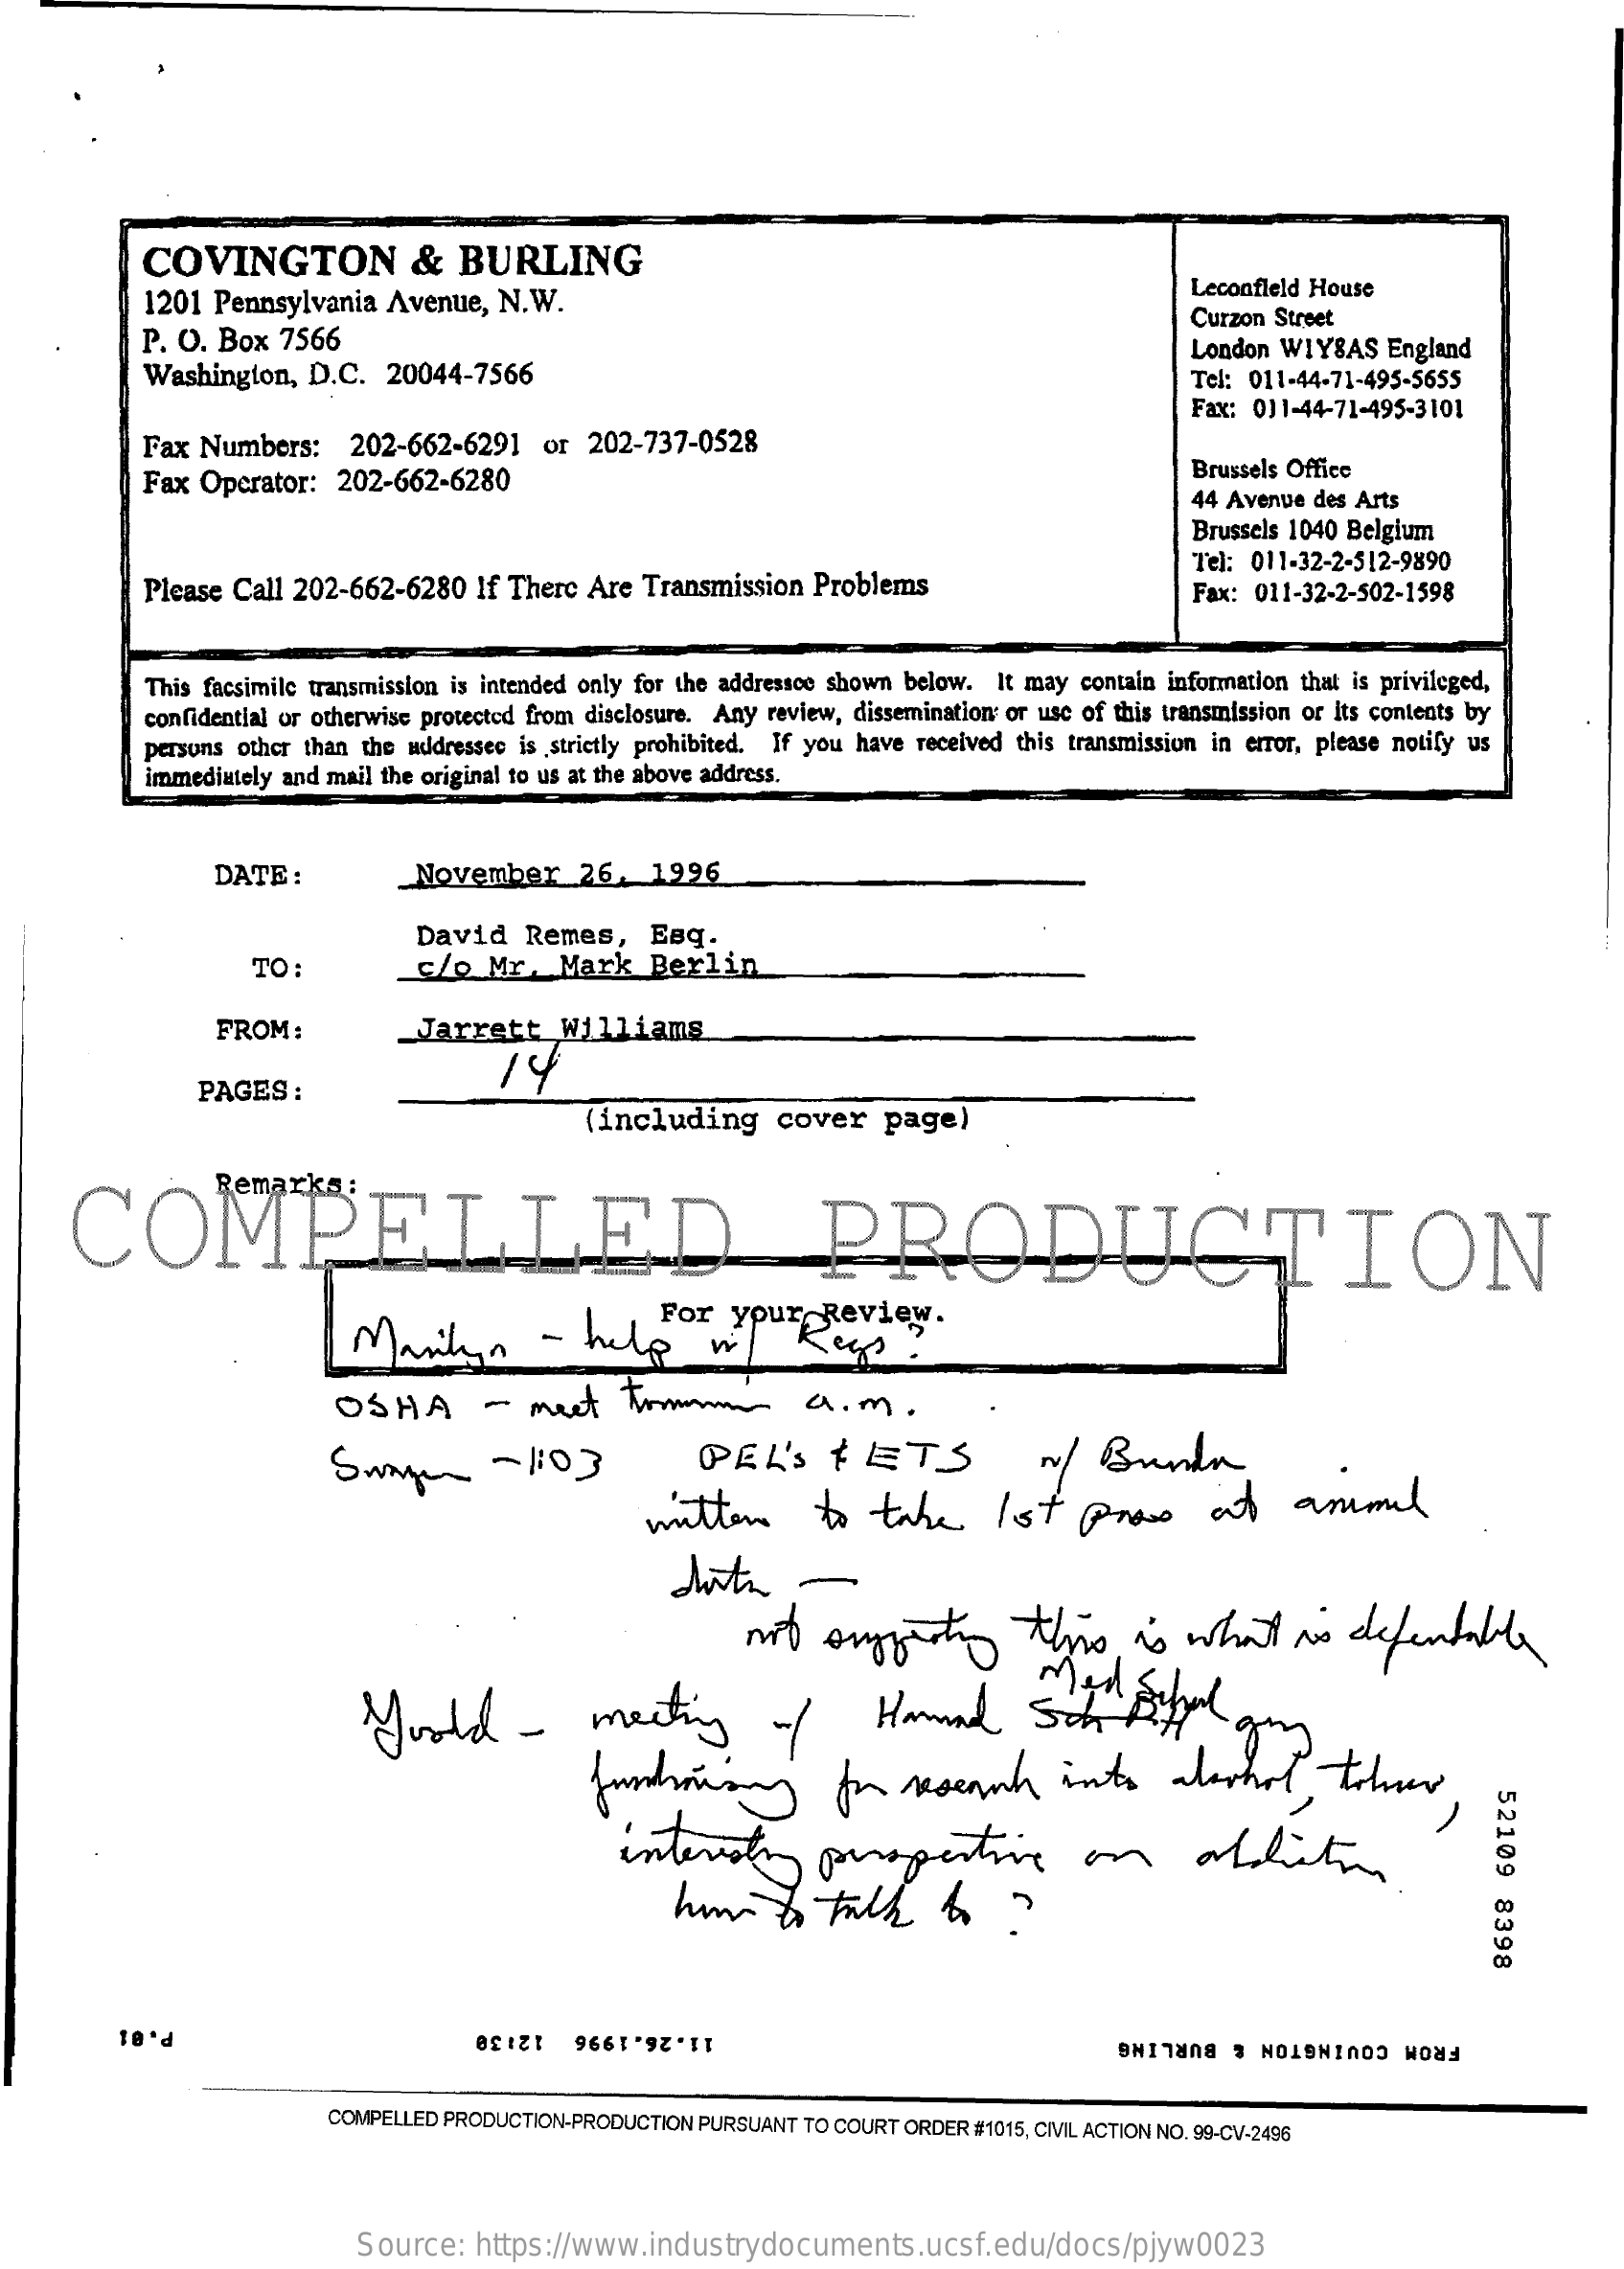
COVINGTON    &   BURLING
     1201 Pennsylvania  Avenue,  N.W.
     Leconfield House
     P. O. Box 7566
     Curzon Street
     Washington,  D.C.  20044-7566
     London WIYSAS  England
     Tel: 011-44-71-495-5655
     Fax: 011-44-71-495-3101
     Fax  Numbers:    202-662-6291   or  202-737-0528
     Fax  Operator:  202-662-6280    Brussels Office
     44 Avenue des Arts
     Brussels 1040 Belgium
     Please Call 202-662-6280   If There Are Transmission  Problems
     Tel: 011-32-2-512-9890
     Fax: 011-32-2-502-1598
     This facsimile transmission is intended only for the addressce shown below. It may contain information that is privileged,
     confidential or otherwise protected from disclosure. Any review, dissemination or use of this transmission or its contents by
     persons other than the addressec is strictly prohibited. If you have received this transmission in error, please notify us
     immediately and mail the original to us at the above address.
     DATE  :    November    26.   1996
     David    Remes,    Esq.
     TO:    c/o   Mr.   Mark   Berlin
     FROM   :    Jarrett    Williams
     PAGES  :
     14
     (including    cover    page)
     COMPELLED    PRODUCTION
     Marilyn    -  help    w/
     For  your    Review.
     "Reys    ?
     OSHA    -   meet    From    a.m    .
     Smagen    -  1:03    DEL'STETS    ~/  Bunda
     mutter    to   take    1 st   pros    at    ammel
     nit  suggesting    this    is   what    is   defentable
     Yoold    -    meeting    of    Hamund
     Med    Sibel
     fundraising    for   research    into    alookat    , tohow
     52109
     8398
     interesting    perspective    on    addiction
     P. 01    11.26.1996 12:30    FROM COVINGTON & BURLING
     COMPELLED PRODUCTION-PRODUCTION PURSUANT TO COURT ORDER #1015, CIVIL ACTION NO. 99-CV-2496
     Source:   https://www.industrydocuments.ucsf.edu/docs/pjyw0023